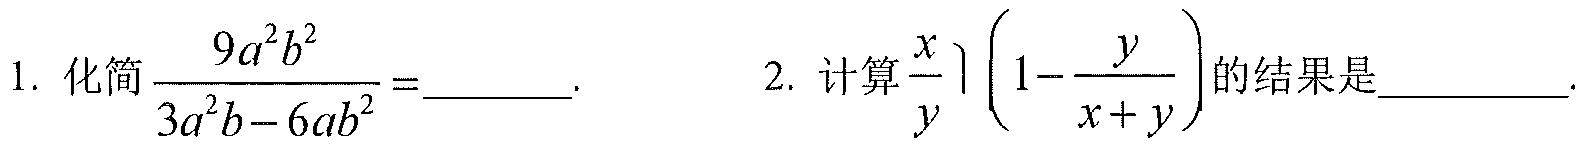
1. 化简\(\dfrac{9a^{2}b^{2}}{3a^{2}b - 6ab^{2}}=\)  .  2. 计算\(\dfrac{x}{y}\left(1-\dfrac{y}{x + y}\right)\)的结果是  .